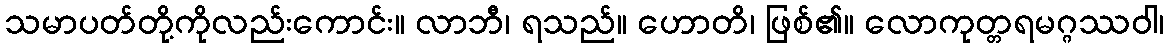
သမာပတ်တို့ကိုလည်းကောင်း။ လာဘီ၊ ရသည်။ ဟောတိ၊ ဖြစ်၏။ လောကုတ္တရမဂ္ဂဿဝါ၊